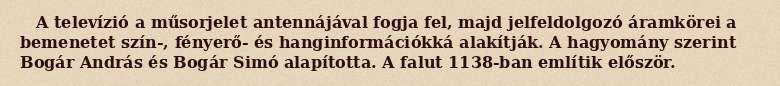
A televízió a műsorjelet antennájával fogja fel, majd jelfeldolgozó áramkörei a bemenetet szín-, fényerő- és hanginformációkká alakítják. A hagyomány szerint Bogár András és Bogár Simó alapította. A falut 1138-ban említik először.